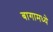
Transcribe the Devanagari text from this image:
बागामध्ये